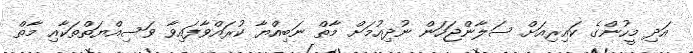
އަދި މީހުންގެ ކައިރިއަށް ސަލާންޖަހަން ނުދިއުމަށް މާތް ނަބިއްޔާ ކުރައްވާފައިވާ ވަސިއްޔަތްތަކާއި މާތް